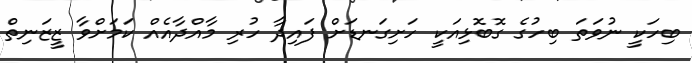
ބިހަކީ ނުވަތަ ބިހުގެ ގޮބޮޅިއަކީ ހަށިގަނޑަށް ފައިދާ ހުރި މާއްދާއެއް ކަމަށްވާ ޒީޒަނިތް